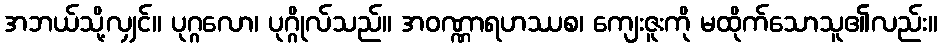
အဘယ်သို့လျှင်။ ပုဂ္ဂလော၊ ပုဂ္ဂိုလ်သည်။ အဝဏ္ဏာရဟဿစ၊ ကျေးဇူးကို မထိုက်သောသူ၏လည်း။